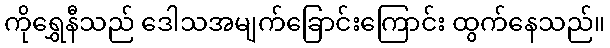
ကိုရွှေနီသည် ဒေါသအမျက်ခြောင်းကြောင်း ထွက်နေသည်။